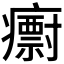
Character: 𭼱